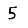
Digit: 5